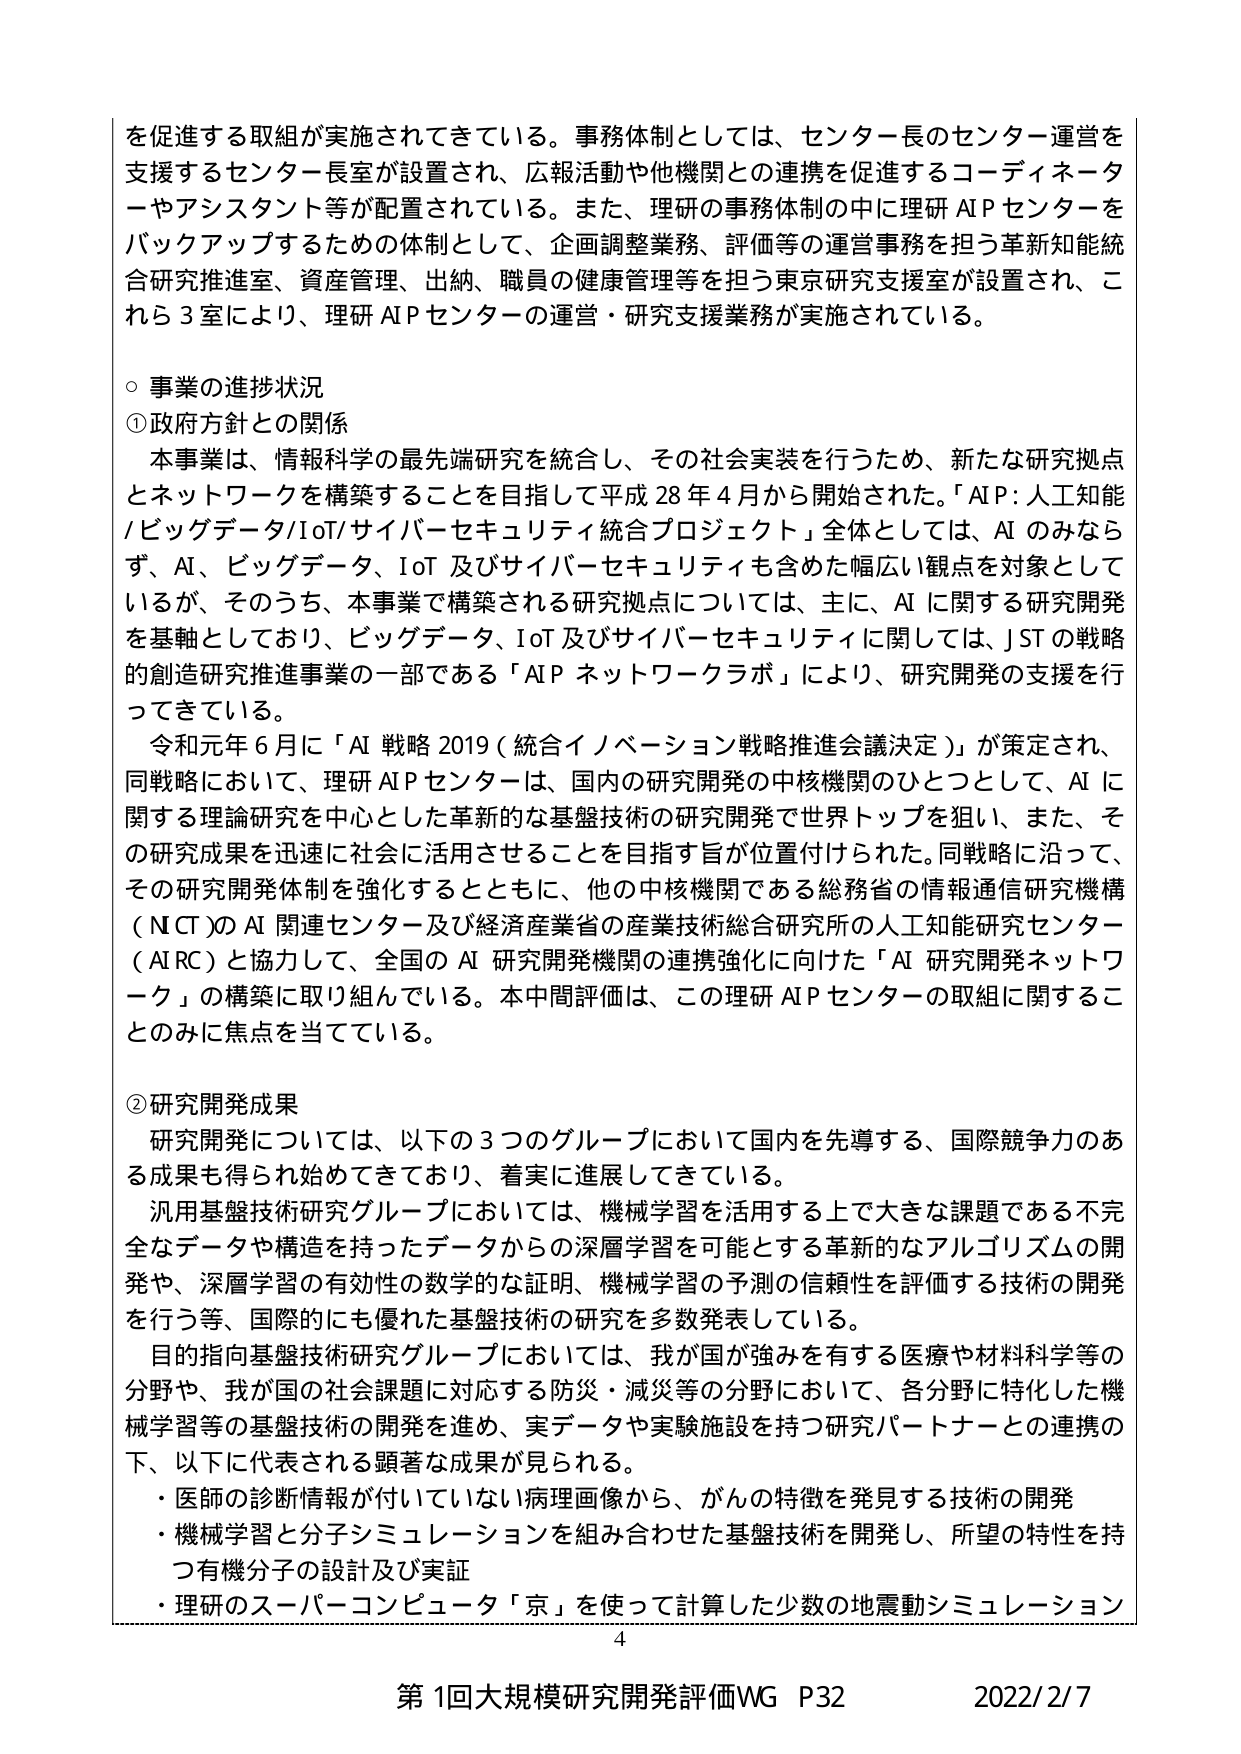
を促進する取組が実施されてきている。事務体制としては、センター長のセンター運営を支援するセンター長室が設置され、広報活動や他機関との連携を促進するコーディネーターやアシスタント等が配置されている。また、理研の事務体制の中に理研ＡＩＰセンターをバックアップするための体制として、企画調整業務、評価等の運営事務を担う革新知能統合研究推進室、資産管理、出納、職員の健康管理等を担う東京研究支援室が設置され、これら３室により、理研ＡＩＰセンターの運営・研究支援業務が実施されている。

○ 事業の進捗状況

① 政府方針との関係

本事業は、情報科学の最先端研究を統合し、その社会実装を行うため、新たな研究拠点とネットワークを構築することを目指して平成28年4月から開始された。「ＡＩＰ：人工知能／ビッグデータ／ＩｏＴ／サイバーセキュリティ統合プロジェクト」全体としては、ＡＩのみならず、ＡＩ、ビッグデータ、ＩｏＴ及びサイバーセキュリティも含めた幅広い観点を対象としているが、そのうち、本事業で構築される研究拠点については、主に、ＡＩに関する研究開発を基軸としており、ビッグデータ、ＩｏＴ及びサイバーセキュリティに関しては、ＪＳＴの戦略的創造研究推進事業の一部である「ＡＩＰネットワークラボ」により、研究開発の支援を行ってきている。

令和元年6月に「ＡＩ戦略2019（統合イノベーション戦略推進会議決定）」が策定され、同戦略において、理研ＡＩＰセンターは、国内の研究開発の中核機関のひとつとして、ＡＩに関する理論研究を中心とした革新的な基盤技術の研究開発で世界トップを狙い、また、その研究成果を迅速に社会に活用させることを目指す旨が位置付けられた。同戦略に沿って、その研究開発体制を強化するとともに、他の中核機関である総務省の情報通信研究機構（ＮＣＴ）のＡＩ関連センター及び経済産業省の産業技術総合研究所の人工知能研究センター（ＡＩＲＣ）と協力して、全国のＡＩ研究開発機関の連携強化に向けた「ＡＩ研究開発ネットワーク」の構築に取り組んでいる。本中間評価は、この理研ＡＩＰセンターの取組に関することのみに焦点を当てている。

② 研究開発成果

研究開発については、以下の３つのグループにおいて国内を先導する、国際競争力のある成果も得られ始めてきており、着実に進展してきている。

汎用基盤技術研究グループにおいては、機械学習を活用する上で大きな課題である不完全なデータや構造を持ったデータからの深層学習を可能とする革新的なアルゴリズムの開発や、深層学習の有効性の数学的な証明、機械学習の予測の信頼性を評価する技術の開発を行う等、国際的にも優れた基盤技術の研究を多数発表している。

目的指向基盤技術研究グループにおいては、我が国が強みを有する医療や材料科学等の分野や、我が国の社会課題に対応する防災・減災等の分野において、各分野に特化した機械学習等の基盤技術の開発を進め、実データや実験施設を持つ研究パートナーとの連携の下、以下に代表される顕著な成果が見られる。

・ 医師の診断情報が付いていない病理画像から、がんの特徴を発見する技術の開発
・ 機械学習と分子シミュレーションを組み合わせた基盤技術を開発し、所望の特性を持つ有機分子の設計及び実証
・ 理研のスーパーコンピュータ「京」を使って計算した少数の地震動シミュレーション

4

第1回大規模研究開発評価ＷＧ　Ｐ32　　　　　　　　2022/2/7